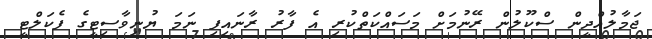
ޖަމާލުއްދީން ސްކޫލުން ރޭނުމަށް މަސައްކަތްކުރި އެ ފާރު ރާނައިފި ނަމަ ޔުނިވާސިޓީގެ ފެކަލްޓީ